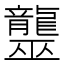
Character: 𪚠